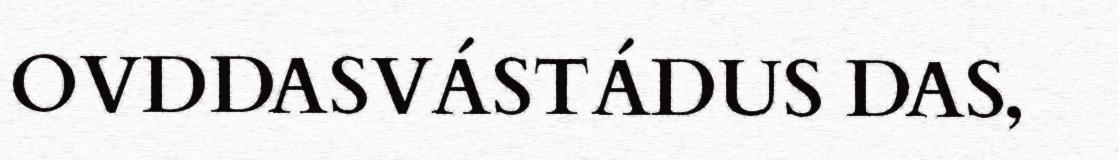
OVDDASVÁSTÁDUS DAS,